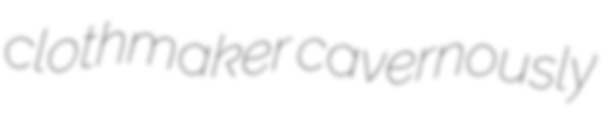
clothmaker cavernously